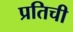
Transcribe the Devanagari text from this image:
प्रतिची